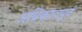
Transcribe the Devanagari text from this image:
अधिकारापूर्व